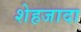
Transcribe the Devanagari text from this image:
शेहजादा